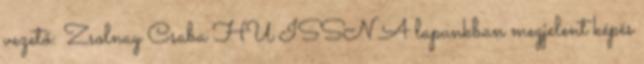
vezető: Zsolnay Csaba HU ISSN A lapunkban megjelent képés